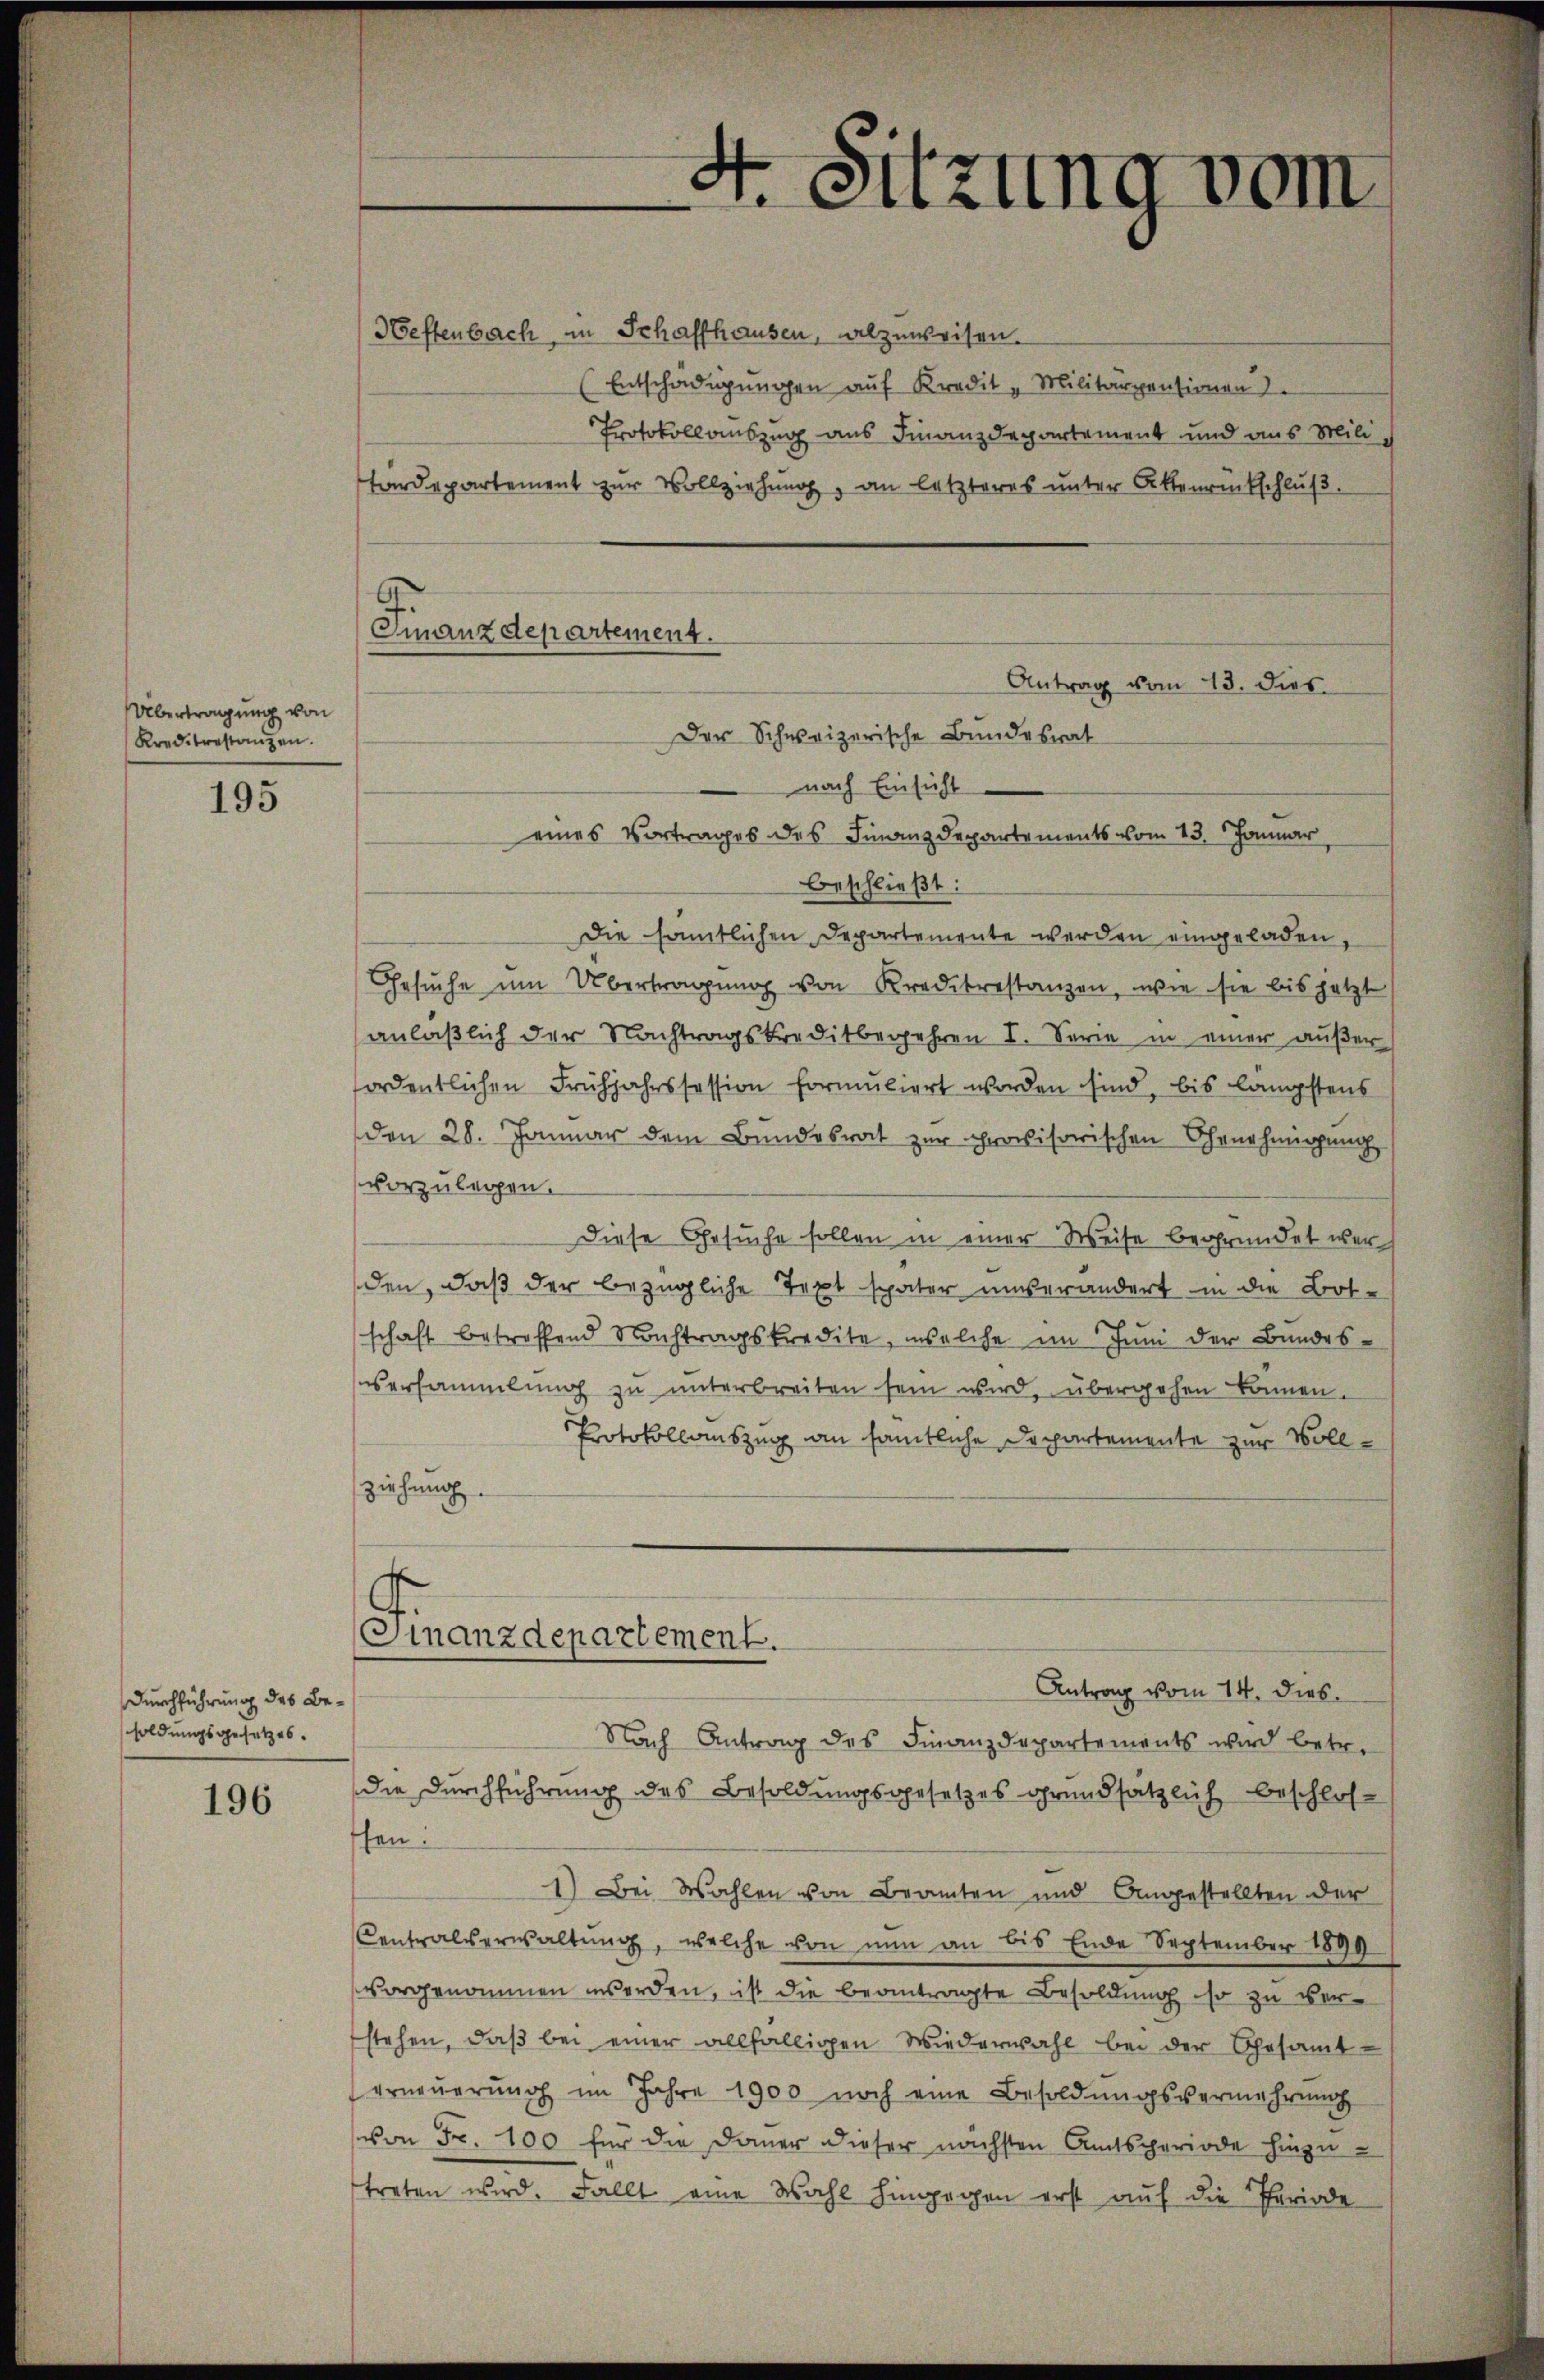
Übertragung von
Kreditrestanzen.

195

Durchführung des Besoldungsgesetzes.

196

.
Ginanzdepartement.

Heffenbach, in Schaffhausen, abzuweisen.
(Entschädigungen auf Kredit "Militärpensionen
Protokollauszug aus Finanzdepartement und aus Mili
tardepartement zur Vollziehung, an letzteres unter Aktenrückschluß.
Der Schweizerische Bundesrat
nach Einsicht
eines Vortrages des Finanzdepartements vom 13. Januar,
beschließt:
Die samtlichen Departemente werden eingeladen,
Gesuche um Übertragung von Kreditrestanzen, wie sie bis jetzt
anläßlich der Nachtragskreditbegehren I. Serie in einer außer
ordentlichen Frühjahrssession formuliert worden sind, bis längstens
den 28. Januar dem Bundesrat zur provisorischen Ehrnehmigung
vorzulegen.
Diese Gesuche sollen in einer Weise begründet wer
den, daß der bezügliche Text später unverändert in die Bot-
schaft betreffend Nachtragskredite, welche im Juni der Bundes-
versammlung zu unterbreiten sein wird, übergehen können.
Protokollauszug an sämtliche Departemente zur Vollziehung.
Finanzdepartement.
Antrag vom 14. dies
Nach Antrag des Finanzdepartements wird betr.
die Durchführung des Besoldungsgesetzes grundsätzlich beschlos-
ffen.
1) Bei Wahlen von Beamten und Angestellten der
Centralverwaltŭng, welche von nŭn an bis Ende September 1899
vorgenommen werden, ist die beantragte Besoldung so zu verstehen, daβ bei einer allfälligen Wiederwahl bei der Gesamt-
erneuerung im Jahre 1900 noch eine Besoldungsvermehrung
von Fr. 100 für die Dauer dieser nächsten Amtsperiode hinzutreten wird. Fallt eine Wahl hingegen erst auf die Periode

4. Sitzung vom

Antrag vom 13. dies